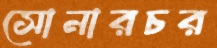
সোনারচর